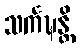
သင်္ကဍ္ဎန္တိ